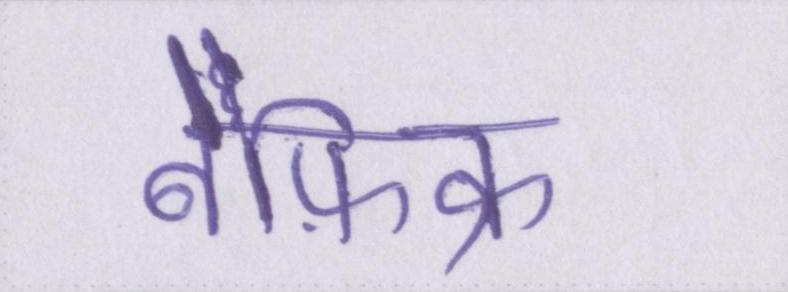
बेफ़िक्र